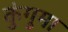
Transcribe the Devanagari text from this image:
कुंगुमा